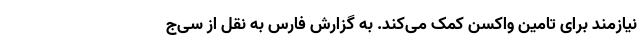
نیازمند برای تامین واکسن کمک می‌کند. به گزارش فارس به نقل از سی‌ج